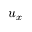
u _ { x }